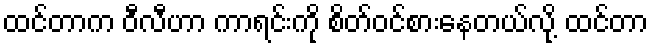
ထင်တာက ဝီလီဟာ ကာရင်းကို စိတ်ဝင်စားနေတယ်လို့ ထင်တာ